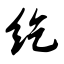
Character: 纥